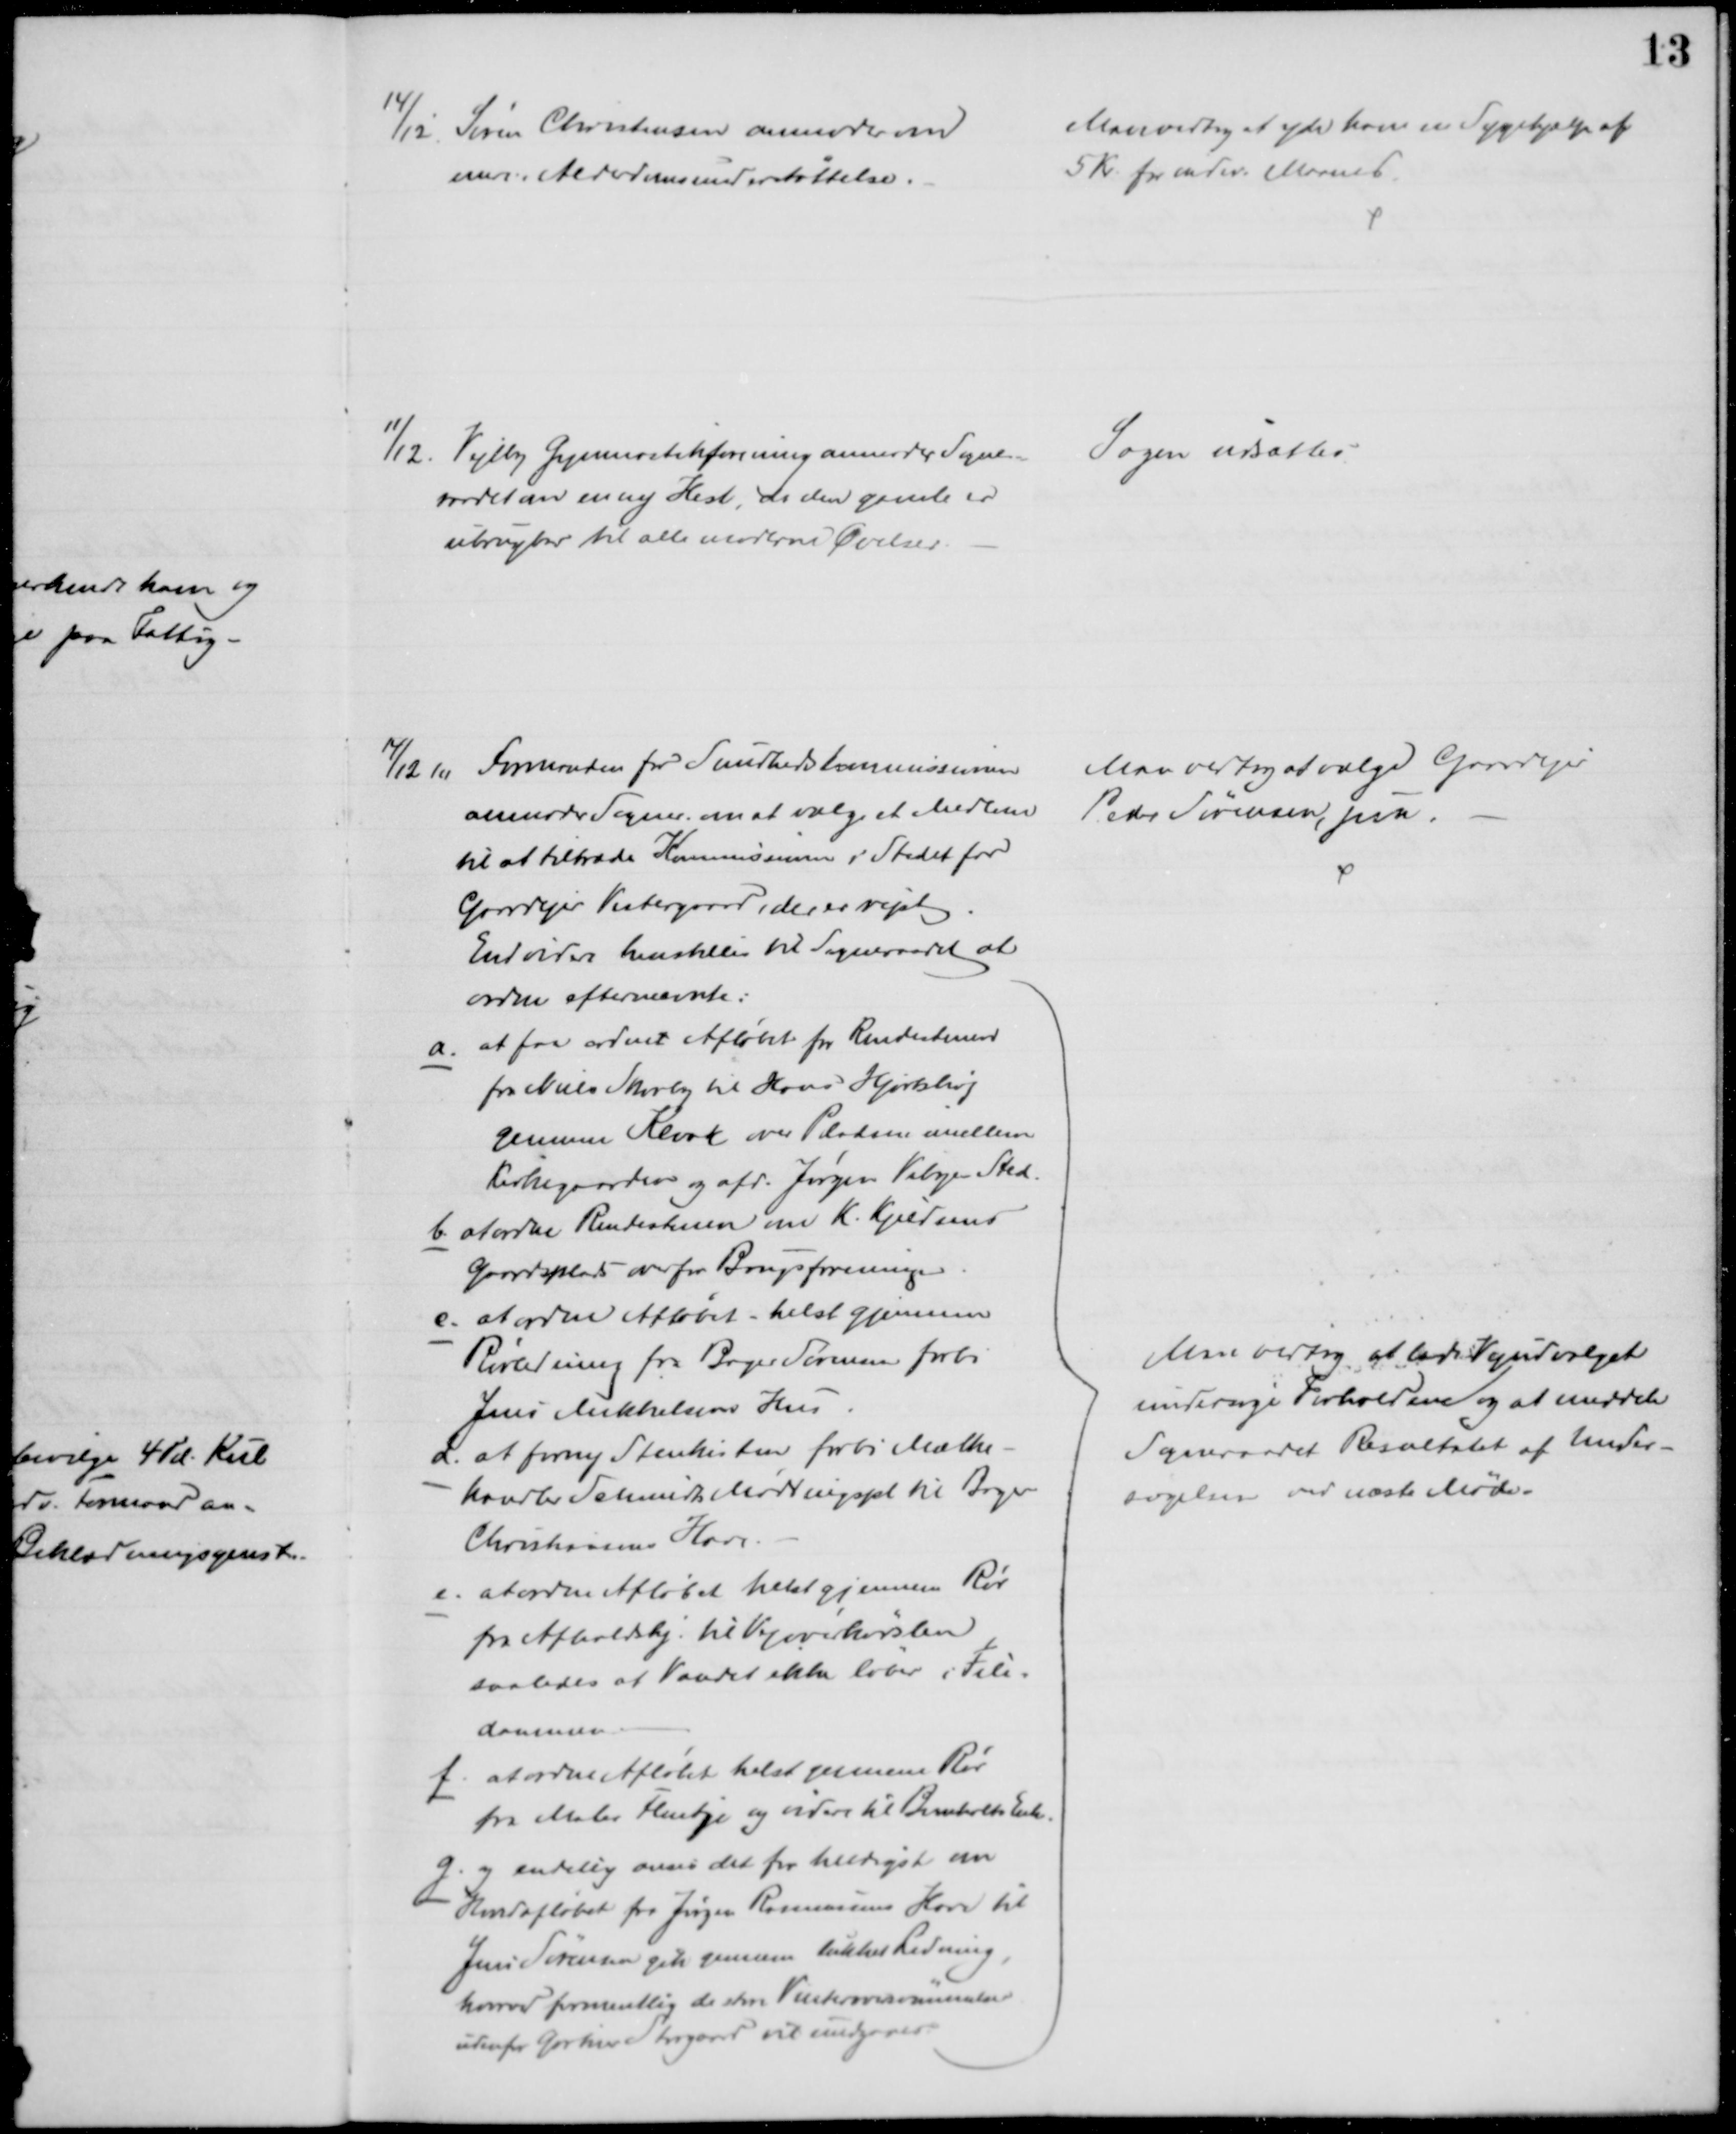
Transskription:
14/12 Søren Christensen anmoder om
mere i Alderdomsunderstøttelse.
Man vedtog at yde ham en Sygehjælp af
5 Kr for indev. Maaned.
11/12. Vejlby Gymnastikforening anmoder Sogne=
raadet om en ny Hest, da den gamle er
ubrugbar til alle moderne Øvelser.
Sagen udsattes.
14/12 10 Formanden for Sundhedskommissionen
anmoder Sogner. om at vælge et Medlem
til at tiltræde Kommisionen i Stedet for
Gaardejer Vestergaard, der er rejst
Man vedtog at vælge Gaardejer
Peder Sørensen, jun.
Endvidere henstilles til Sogneraadet at
ordne efternævnte:
a. at faa ordnet Afløbet fra Rendestenen
fra Niels Skovby til Hans Hjortshøj
gennem Kloak over Pladsen imellem
Kirkegaarden og afd. Jørgen Vibyes Sted.
b at ordne Rendestenen om K. Kjeldsens
Gaardsplads overfor Brugsforeningen
c. at ordne Afløbet - helst gjennem
Rørledning fra Bager Sørensen forbi
Jens Mikkelsens Hus
d. at forny Stenkisten forbi Mælke-
handler Schmidts Møddingspl til Bager
Christiansens Have.
e. at ordne Afløbet helst gjennem Rør
fra Afholdshj. til Vejoverkørslen
saaledes at Vandet ikke løber i File-
dammen.
f. at ordne Afløbet helst gennem Rør
fra Maler Flentje og videre til Bomholts Enke.
g. og endelig anses det for heldigst om
Hovedafløbet fra Jørgen Rasmussens Have til
Jens Sørensen gik gennem lukket Ledning,
hvorved formentlig de store Vinteroversvømmelser
udenfor Gartner Storgaard vil undgaaes.
Man vedtog at lade Vejudvalget
undersøge Forholdene og at meddele
Sogneraadet Resultatet af Under-
søgelsen ved næste Møde.